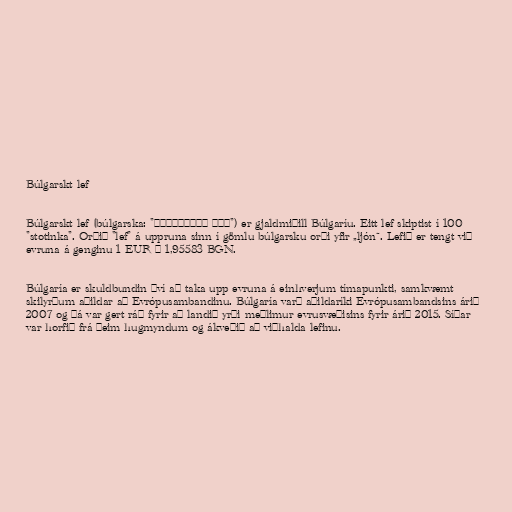
Búlgarskt lef

Búlgarskt lef (búlgarska: "български лев") er gjaldmiðill Búlgaríu. Eitt lef skiptist í 100
"stotinka". Orðið "lef" á uppruna sinn í gömlu búlgarsku orði yfir „ljón“. Lefið er tengt við
evruna á genginu 1 EUR = 1,95583 BGN.

Búlgaría er skuldbundin því að taka upp evruna á einhverjum tímapunkti, samkvæmt
skilyrðum aðildar að Evrópusambandinu. Búlgaría varð aðildaríki Evrópusambandsins árið
2007 og þá var gert ráð fyrir að landið yrði meðlimur evrusvæðisins fyrir árið 2015. Síðar
var horfið frá þeim hugmyndum og ákveðið að viðhalda lefinu.